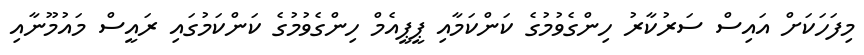
މިފަހަކަށް އައިސް ސަރުކާރު ހިންގެވުމުގެ ކަންކަމާއި ޕީޕީއެމް ހިންގެވުމުގެ ކަންކަމުގައި ރައީސް މައުމޫނާއި